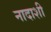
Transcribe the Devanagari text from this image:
नादाशी